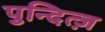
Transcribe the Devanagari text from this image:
पुन्दित्ज़